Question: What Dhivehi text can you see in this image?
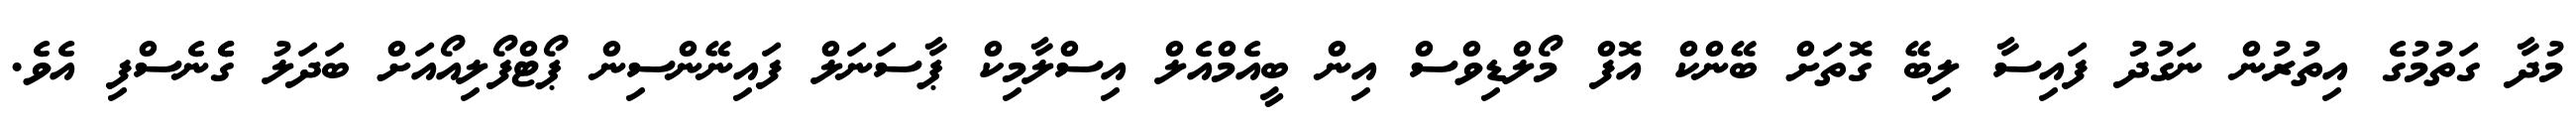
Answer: މުދާ ގަތުމުގެ އިތުރުން ނަގުދު ފައިސާ ލިބޭ ގޮތަށް ބޭންކް އޮފް މޯލްޑިވްސް އިން ބީއެމްއެލް އިސްލާމިކް ޕާސަނަލް ފައިނޭންސިން ޕޯޓްފޯލިއޯއަށް ބަދަލު ގެެނެސްފި އެވެ.